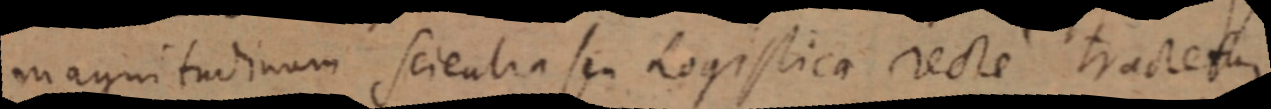
magnitudinem scientia seu Logistica recte tractetur